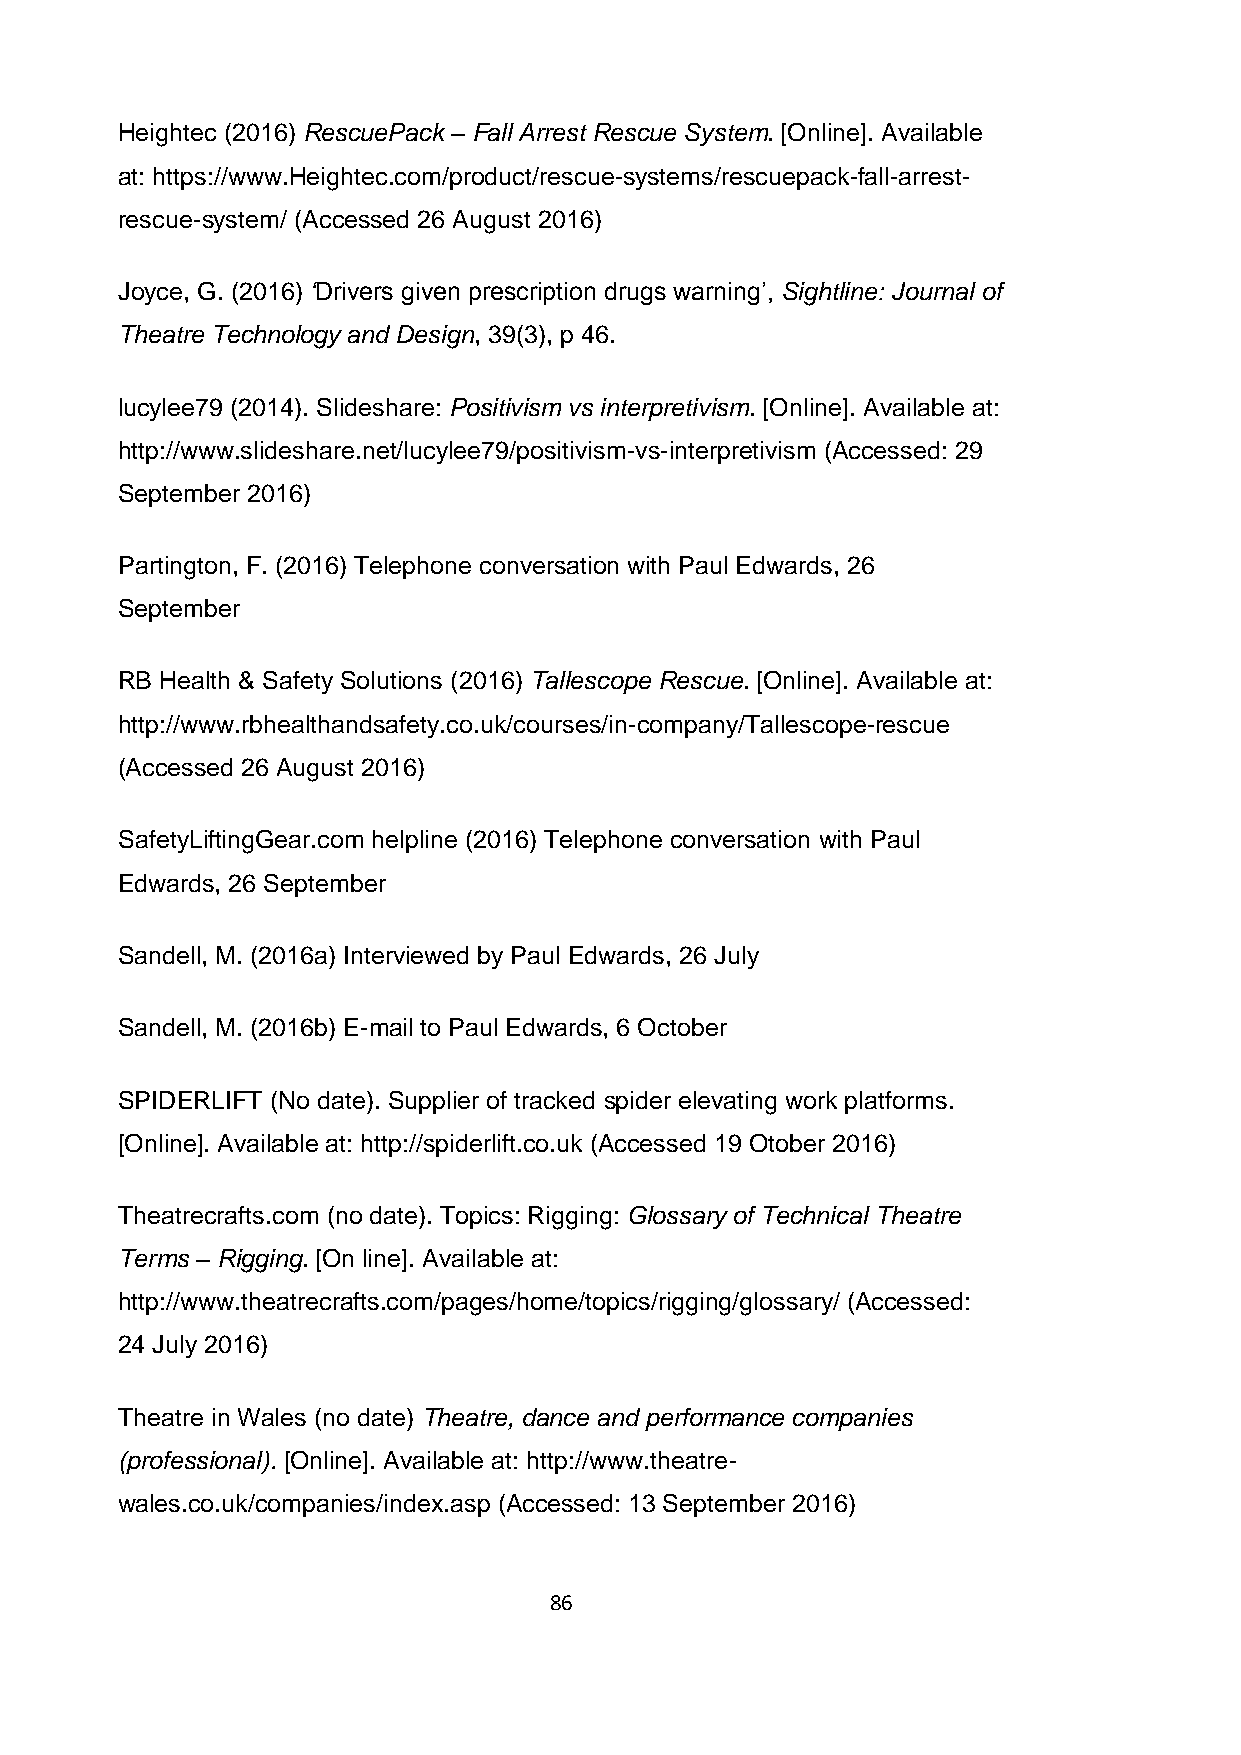
Heightec (2016) RescuePack – Fall Arrest Rescue System. [Online]. Available
 at: https://www.Heightec.com/product/rescue-systems/rescuepack-fall-arrest-
 rescue-system/ (Accessed 26 August 2016)
 Joyce, G. (2016) ‘Drivers given prescription drugs warning’, Sightline: Journal of
 Theatre Technology and Design, 39(3), p 46.
 lucylee79 (2014). Slideshare: Positivism vs interpretivism. [Online]. Available at:
 http://www.slideshare.net/lucylee79/positivism-vs-interpretivism (Accessed: 29
 September 2016)
 Partington, F. (2016) Telephone conversation with Paul Edwards, 26
 September
 RB Health & Safety Solutions (2016) Tallescope Rescue. [Online]. Available at:
 http://www.rbhealthandsafety.co.uk/courses/in-company/Tallescope-rescue
 (Accessed 26 August 2016)
 SafetyLiftingGear.com helpline (2016) Telephone conversation with Paul
 Edwards, 26 September
 Sandell, M. (2016a) Interviewed by Paul Edwards, 26 July
 Sandell, M. (2016b) E-mail to Paul Edwards, 6 October
 SPIDERLIFT (No date). Supplier of tracked spider elevating work platforms.
 [Online]. Available at: http://spiderlift.co.uk (Accessed 19 Otober 2016)
 Theatrecrafts.com (no date). Topics: Rigging: Glossary of Technical Theatre
 Terms – Rigging. [On line]. Available at:
 http://www.theatrecrafts.com/pages/home/topics/rigging/glossary/ (Accessed:
 24 July 2016)
 Theatre in Wales (no date) Theatre, dance and performance companies
 (professional). [Online]. Available at: http://www.theatre-
 wales.co.uk/companies/index.asp (Accessed: 13 September 2016)
 86